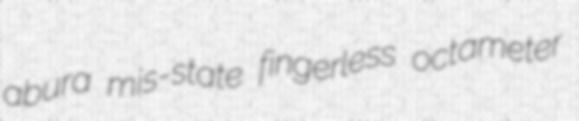
abura mis-state fingerless octameter